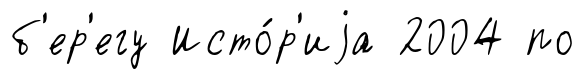
б'ер'егу Исто́р'иjа 2004 по